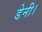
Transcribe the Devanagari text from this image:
डेनी।